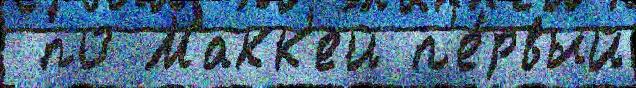
 по Макк'ей п'е́рвый